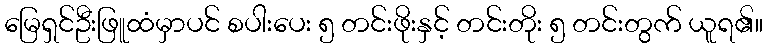
မြေရှင်ဦးဖြူထံမှာပင် စပါးပေး ၅ တင်းဖိုးနှင့် တင်းတိုး ၅ တင်းတွက် ယူရ၏။